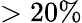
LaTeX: >20\%